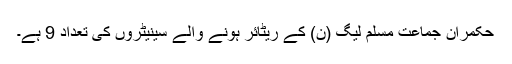
حکمران جماعت مسلم لیگ (ن) کے ریٹائر ہونے والے سینیٹروں کی تعداد 9 ہے۔